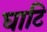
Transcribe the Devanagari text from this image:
घाटि